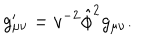
LaTeX: g _ { \mu \nu } ^ { \prime } = v ^ { - 2 } \hat { \phi } ^ { 2 } g _ { \mu \nu } .